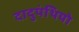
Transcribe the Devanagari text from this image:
दादुपंथियो